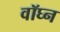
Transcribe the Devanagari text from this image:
वॉघ्न